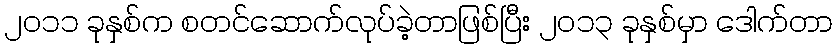
၂၀၁၁ ခုနှစ်က စတင်ဆောက်လုပ်ခဲ့တာဖြစ်ပြီး ၂၀၁၃ ခုနှစ်မှာ ဒေါက်တာ